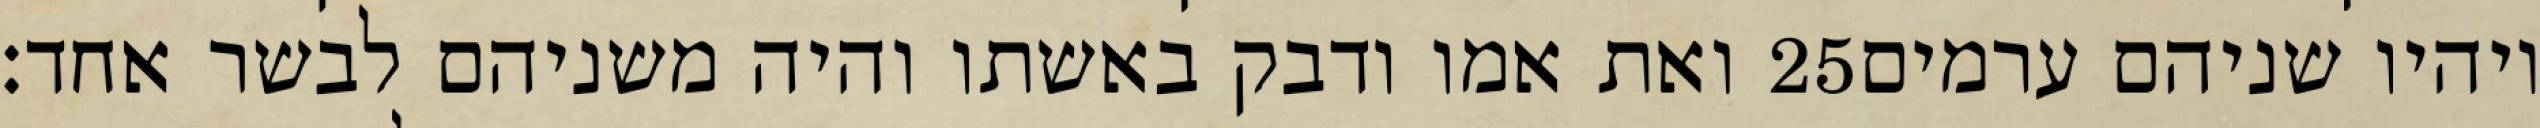
ואת אמו ודבק באשתו והיה משניהם לבשר אחד׃ ‎25‏ ויהיו שניהם ערמים